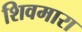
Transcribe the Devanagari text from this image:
शिवमारा